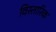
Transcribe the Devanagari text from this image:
विस्तारिक